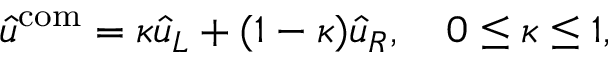
\hat { u } ^ { \mathrm { c o m } } = \kappa \hat { u } _ { L } + ( 1 - \kappa ) \hat { u } _ { R } , \quad 0 \leq \kappa \leq 1 ,